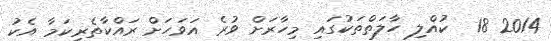
2014 18  ކުއްލި ހާލަތްތަކުގައި މިހާރަށް ވުރެ އަވަހަށް ރައްކާތެރިކަމާ އެކު